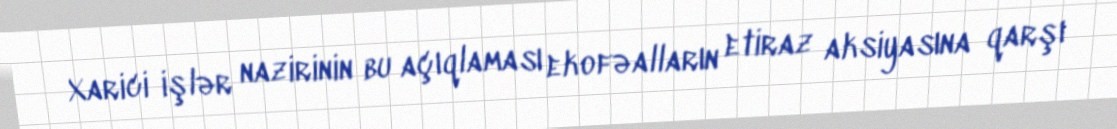
Xarici işlər nazirinin bu açıqlaması ekofəalların etiraz aksiyasına qarşı